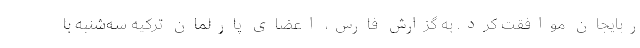
ربایجان موافقت کرد. به گزارش فارس، اعضای پارلمان ترکیه سه‌شنبه با